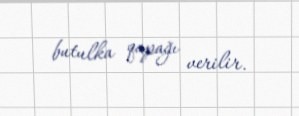
butulka qapağı verilir.